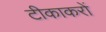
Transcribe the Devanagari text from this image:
टीकाकरों